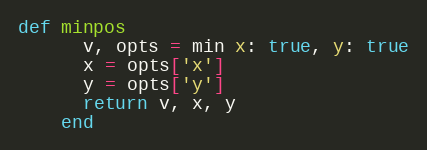
Language: Ruby
def minpos
      v, opts = min x: true, y: true
      x = opts['x']
      y = opts['y']
      return v, x, y
    end